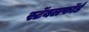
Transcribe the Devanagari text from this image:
स्टॅबलफ़ॉर्ड